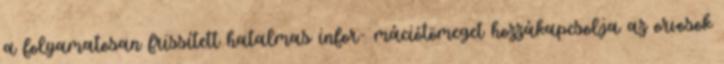
a folyamatosan frissített hatalmas infor- mációtömeget hozzákapcsolja az orvosok